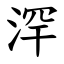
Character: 浫